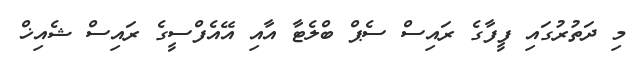
މި ދަތުރުގައި ފީފާގެ ރައިސް ސެޕް ބްލެޓާ އާއި އޭއެފްސީގެ ރައިސް ޝެއިޚް